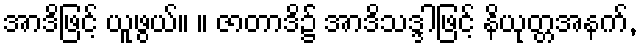
အာဒိဖြင့် ယူဖွယ်။ ။ ဇာတာဒိ၌ အာဒိသဒ္ဒါဖြင့် နိယုတ္တအနက်,